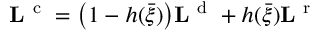
{ \bf L } ^ { \mathrm { ~ c ~ } } = \big ( 1 - h ( \bar { \xi } ) \big ) { \bf L } ^ { \mathrm { ~ d ~ } } + h ( \bar { \xi } ) { \bf L } ^ { \mathrm { ~ r ~ } }